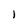
Character: I